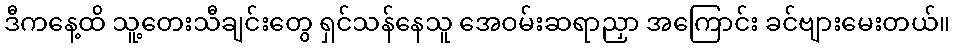
ဒီကနေ့ထိ သူ့တေးသီချင်းတွေ ရှင်သန်နေသူ အေဝမ်းဆရာညှာ အကြောင်း ခင်ဗျားမေးတယ်။